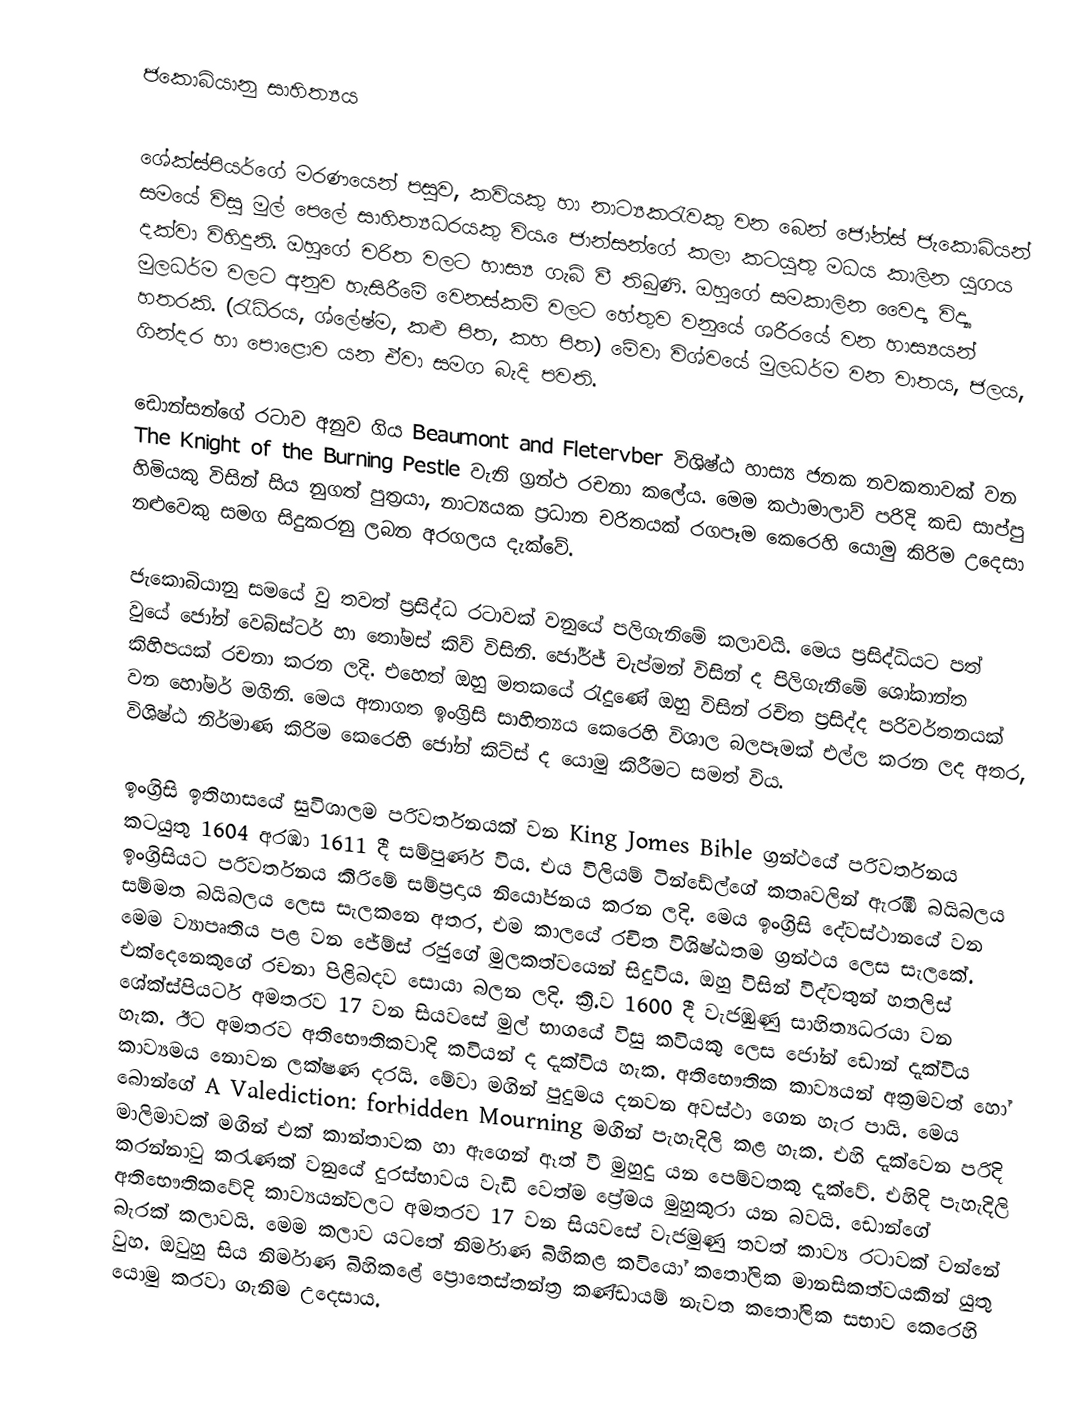
ජකො‍බියානු සාහිත්‍යය
	‍
	ශේක්ස්පියර්ගේ මරණයෙන් පසුව, කවියකු හා නාට්‍යකරැවකු වන බෙන් ජෝන්ස් ජැකොබියන් සමයේ විසු මුල් පෙලේ සාහිත්‍යධරයකු විය. ‍ෙජාන්සන්ගේ කලා කටයුතු මධය කාලින යුගය දක්වා විහිදුනි. ඔහුගේ චරිත වලට හාස්‍ය ගැබ් වී තිබුණි. ඔහුගේ සමකාලින වෛද්‍ය විද්‍යා මුලධර්ම වලට අනුව හැසිරී‍මේ වෙනස්කම් වලට හේතුව වනුයේ ශරීරයේ වන හාස්‍යයන් හතරකි. (රැධිරය, ශ්ලේෂ්ම, කළු පිත, කහ පිත) මේවා විශ්වයේ මුලධර්ම වන වාතය, ජලය, ගින්දර හා පොළොව යන ඒවා සමග බැදි පවති.

	ඩොන්සන්ගේ රටාව අනුව ගිය Beaumont and Fletervber විශිෂ්ඨ හාස්‍ය ජනක නවකතාවක් වන  The Knight of the Burning Pestle වැනි ග්‍රන්ථ රචනා කලේය. මෙම කථාමාලාව් පරිදි කඩ සාප්පු හිමියකු විසින් සිය නුගත් පුත්‍රයා, නාට්‍යයක ප්‍රධාන චරිතයක් රගපෑම කෙරෙහි යොමු ‍කිරිම උදෙසා නළුවෙකු සමග සිදුකරනු ලබන අරගලය දැක්වේ.

ජැකොබියානු සමයේ වු තවත් ප්‍රසිද්ධ රටාවක් වනුයේ පලිගැනිමේ කලාවයි. මෙය ප්‍රසිද්ධියට පත් වුයේ ජෝන් වෙබ්ස්ටර් හා තෝමස් කිව් විසිනි. ජෝර්ජ් චැප්මන් විසින් ද පිලිගැනීමේ ශෝකාන්ත කිහිපයක් රචනා කරන ලදි. එහෙත් ඔහු මතකයේ රැදුණේ ඔහු විසින් රචිත ප්‍රසිද්ද පරිවර්තනයක් වන ‍හෝමර් මගිනි. මෙය අනාගත ඉංග්‍රිසි සාහිත්‍ය‍ය කෙරෙහි විශාල බලපෑමක් එල්ල කරන ලද අතර, විශිෂ්ඨ නිර්මාණ කිරිම කෙරෙහි ජෝන් කිට්ස් ද යොමු කිරීමට සමත් විය.

ඉංග්‍රිසි ඉතිහාසයේ සුවිශාලම පරිවර්තනයක් වන  King Jomes Bible  ග්‍රන්ථයේ පරිවර්තනය කටයුතු 1604 අරඹා 1611 දී සම්පුර්ණ විය. එය විලියම් ටින්ඩේල්ගේ කතෘවලින් ඇරඹි බයිබලය ඉංග්‍රිසියට පරිවර්තනය කිරිමේ සම්ප්‍රදාය නියෝජනය කරන ලදි. මෙය ඉංග්‍රිසි දේවස්ථානයේ වන සම්මත බයිබලය ලෙස සැලකනෙ අතර, එම කාලයේ රචිත විශිෂ්ඨතම ග්‍රන්ථය ලෙස සැලකේ. මෙම ව්‍යාපෘතිය පළ වන ජේම්ස් රජුගේ මුලකත්වයෙන් සිදුවිය. ඔහු විසින් විද්වතුන්‍ හතලිස් එක්දෙනෙකුගේ රචනා පිළිබදව සොයා බලන ලදි. ක්‍රි.ව 1600 දී වැජඹුණු සාහිත්‍යධරයා වන ශේක්ස්පියර්ට අමතරව 17 වන සියවසේ මුල් භාගයේ විසු කවියකු ලෙස ජෝන් ඩොන් දැක්විය හැක. ඊට අමතරව අතිභෞතිකවාදි කවියන් ද දැක්විය හැක. අතිභෞතික කාව්‍යයන් අක්‍රමවත් හෝ කාව්‍යමය නොවන ලක්ෂණ දරයි. මේවා මගින් පුදුමය දනවන අවස්ථා ගෙන හැර පායි. මෙය බොන්ගේ A Valediction: forbidden Mourning මගින් පැහැදිලි කළ හැක. එහි දැක්වෙන පරිදි මාලිමාවක් මගින් එක් කාන්තාවක හා ඇගෙන් ඈත් වී මුහුදු යන පෙම්වතකු දැක්වේ. එහිදි පැහැදිලි කරන්නාවු කරැණක් වනුයේ දුරස්භාවය වැඩි වෙත්ම ප්‍රේමය මුහුකුරා යන බවයි. ඩොන්ගේ අතිභෞතිකවේදි කාව්‍යයන්වලට අමතරව 17 වන සියවසේ වැජමුණු තවත් කාව්‍ය රටාවක් වන්නේ බැරක් කලාවයි. මෙම කලාව යටතේ නිර්මාණ බිහිකළ කවියෝ කතෝලික මානසිකත්වයකින් යුතු වුහ. ඔවුහු සිය නිර්මාණ බිහිකළේ ප්‍රොතෙස්තන්ත්‍ර කණ්ඩායම් නැවත කතෝලික සභාව කෙරෙහි යොමු කරවා ගැනිම උදෙසාය.